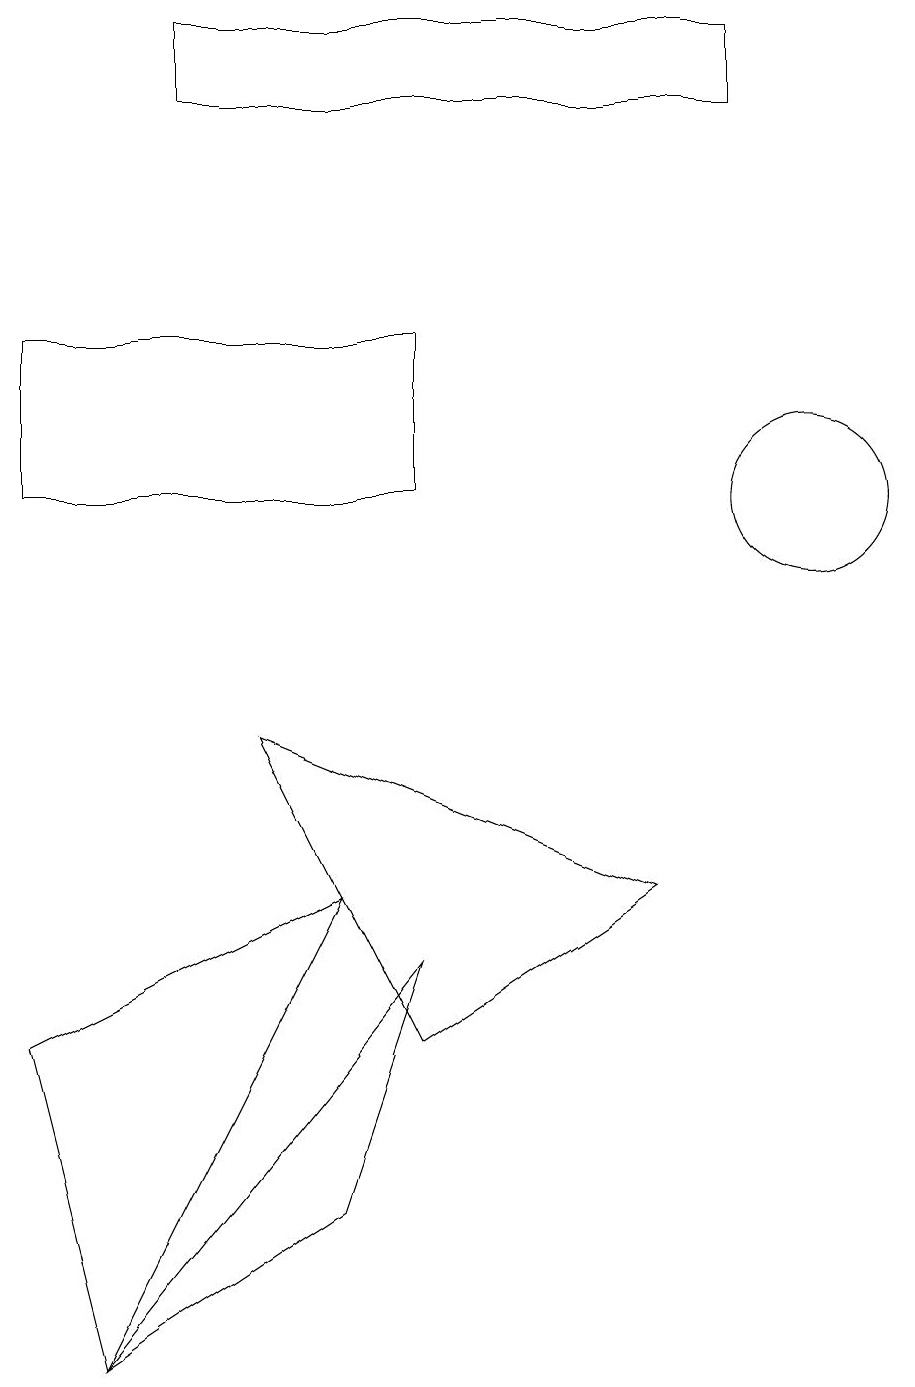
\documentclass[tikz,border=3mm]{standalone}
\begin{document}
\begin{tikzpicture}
\draw (1,0) -- (0,4) -- (4,6) -- cycle;
\draw (1,0) -- (5,5) -- (4,2) -- cycle;
\draw (10,11) circle (1);
\draw (2,17) rectangle (9,16);
\draw (3,8) -- (5,4) -- (8,6) -- cycle;
\draw (0,11) rectangle (5,13);
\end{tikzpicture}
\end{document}